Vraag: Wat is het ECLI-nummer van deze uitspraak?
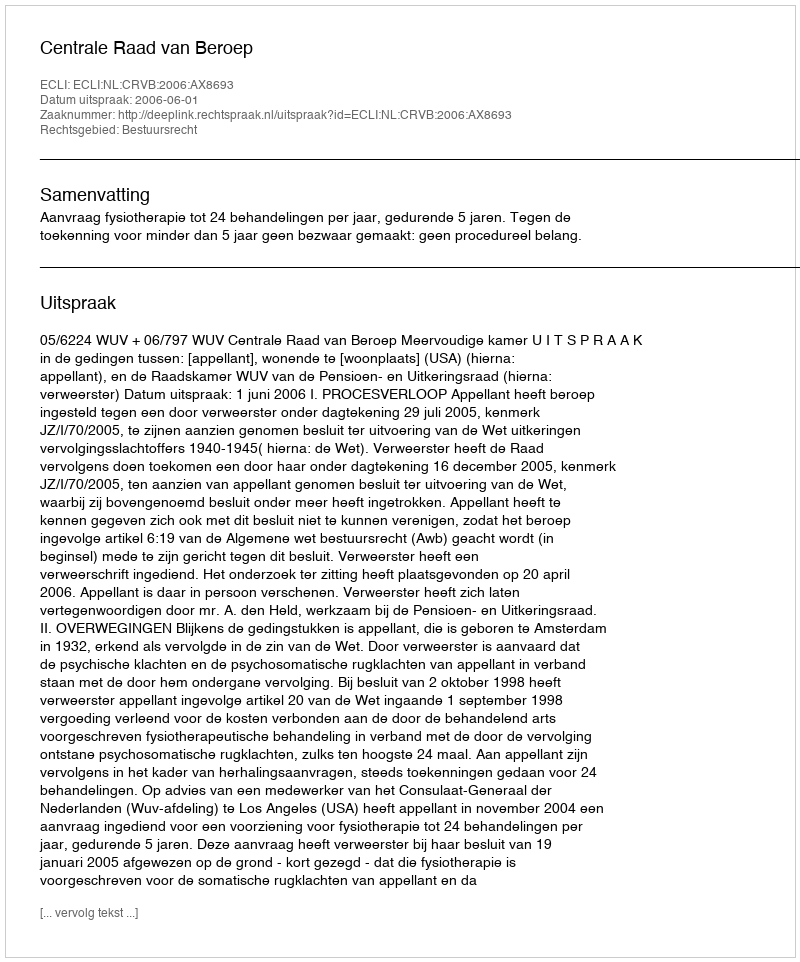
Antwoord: ECLI:NL:CRVB:2006:AX8693